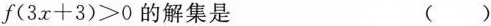
$$f(3x+3)>0$$的解集是 ()